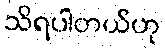
သိရပါတယ်ဟု